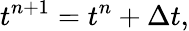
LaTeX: t^{n+1}=t^{n}+{\Delta t},